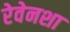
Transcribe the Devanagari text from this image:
रेवेनशा